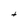
Character: t